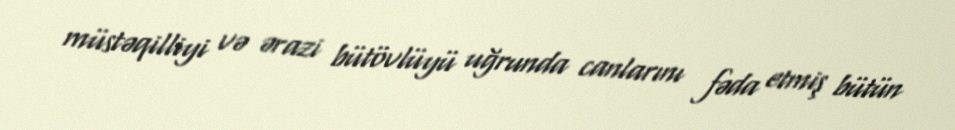
müstəqilliyi və ərazi bütövlüyü uğrunda canlarını fəda etmiş bütün